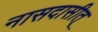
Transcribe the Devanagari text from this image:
नासदासीत्